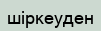
шіркеуден